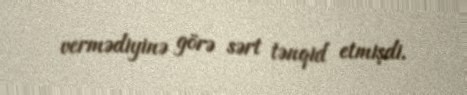
vermədiyinə görə sərt tənqid etmişdi.